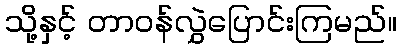
သို့နှင့် တာဝန်လွှဲပြောင်းကြမည်။